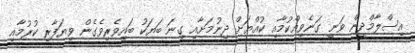
އިސްލާމްދީން ވަނީ ގަނެވިއްކުމާއި ކުއްޔަށް ދިނުމަށާއި ގިނަ ބަޔަކު ބައިވެރިވެގެން ވިޔަފާރި ކުރުމާއި